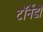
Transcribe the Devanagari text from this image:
टॉर्नेडो